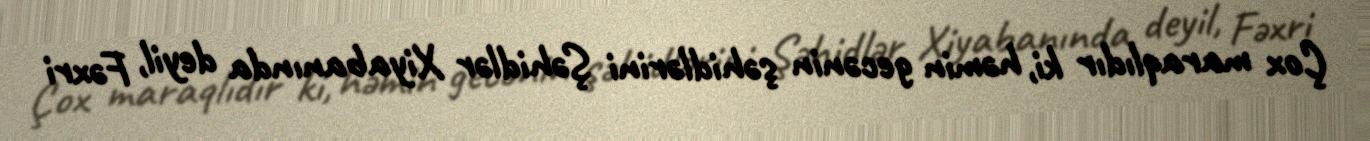
Çox maraqlıdır ki, həmin gecənin şəhidlərini Şəhidlər Xiyabanında deyil, Fəxri